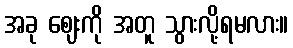
အခု ဈေးကို အတူ သွားလို့ရမလား။